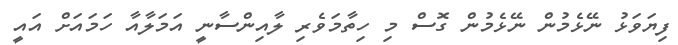
ފިޔަވަޅު ނޭޅެމުން ނޭޅެމުން ގޮސް މި ހިތާމަވެރި ލާއިންސާނީ އަމަލާއާ ހަމައަށް އައީ